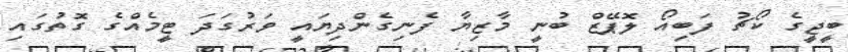
ބީޖީގެ ކޯޗު ފަބިއޯ ލޮޕޭޒް ބުނީ މާޒިޔާ ފެނިގެންދިޔައީ ވަރުގަދަ ޓީމެއްގެ ގޮތުގައި